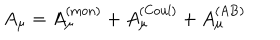
A _ { \mu } = A _ { \mu } ^ { ( \mathrm { m o n } ) } + A _ { \mu } ^ { ( \mathrm { C o u l } ) } + A _ { \mu } ^ { ( \mathrm { A B } ) }